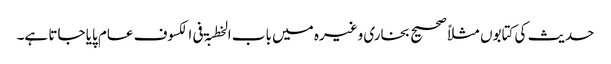
حدیث کی کتابوں مثلاً صحیح بخاری وغیرہ میں باب الخطبۃ فی الکسوف عام پایا جاتا ہے۔